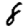
Digit: 8